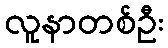
လူနာတစ်ဦး